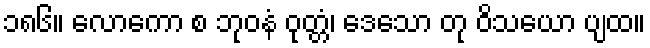
၁၈၆။ လောကော စ ဘုဝနံ ဝုတ္တံ၊ ဒေသော တု ဝိသယော ပျထ။